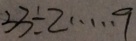
3 3 \div 2 \cdots 9